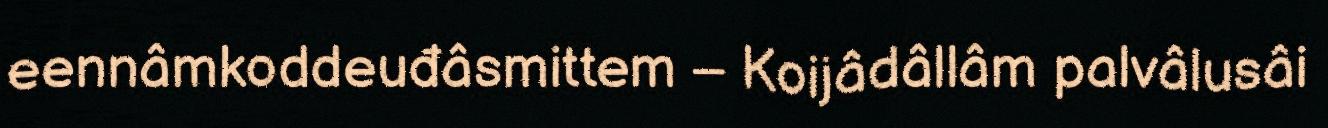
eennâmkoddeuđâsmittem – Koijâdâllâm palvâlusâi